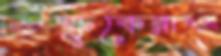
ভিক্ষুকেরাও